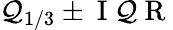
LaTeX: \mathcal{Q}_{1/3}\pm\mathrm{{~I~\mathcal{Q}~R~}}